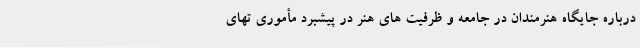
درباره جایگاه هنرمندان در جامعه و ظرفیت های هنر در پیشبرد مأموری تهای